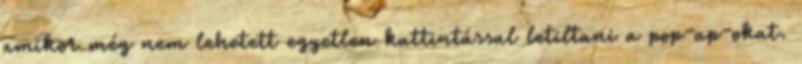
amikor még nem lehetett egyetlen kattintással letiltani a pop-up-okat.